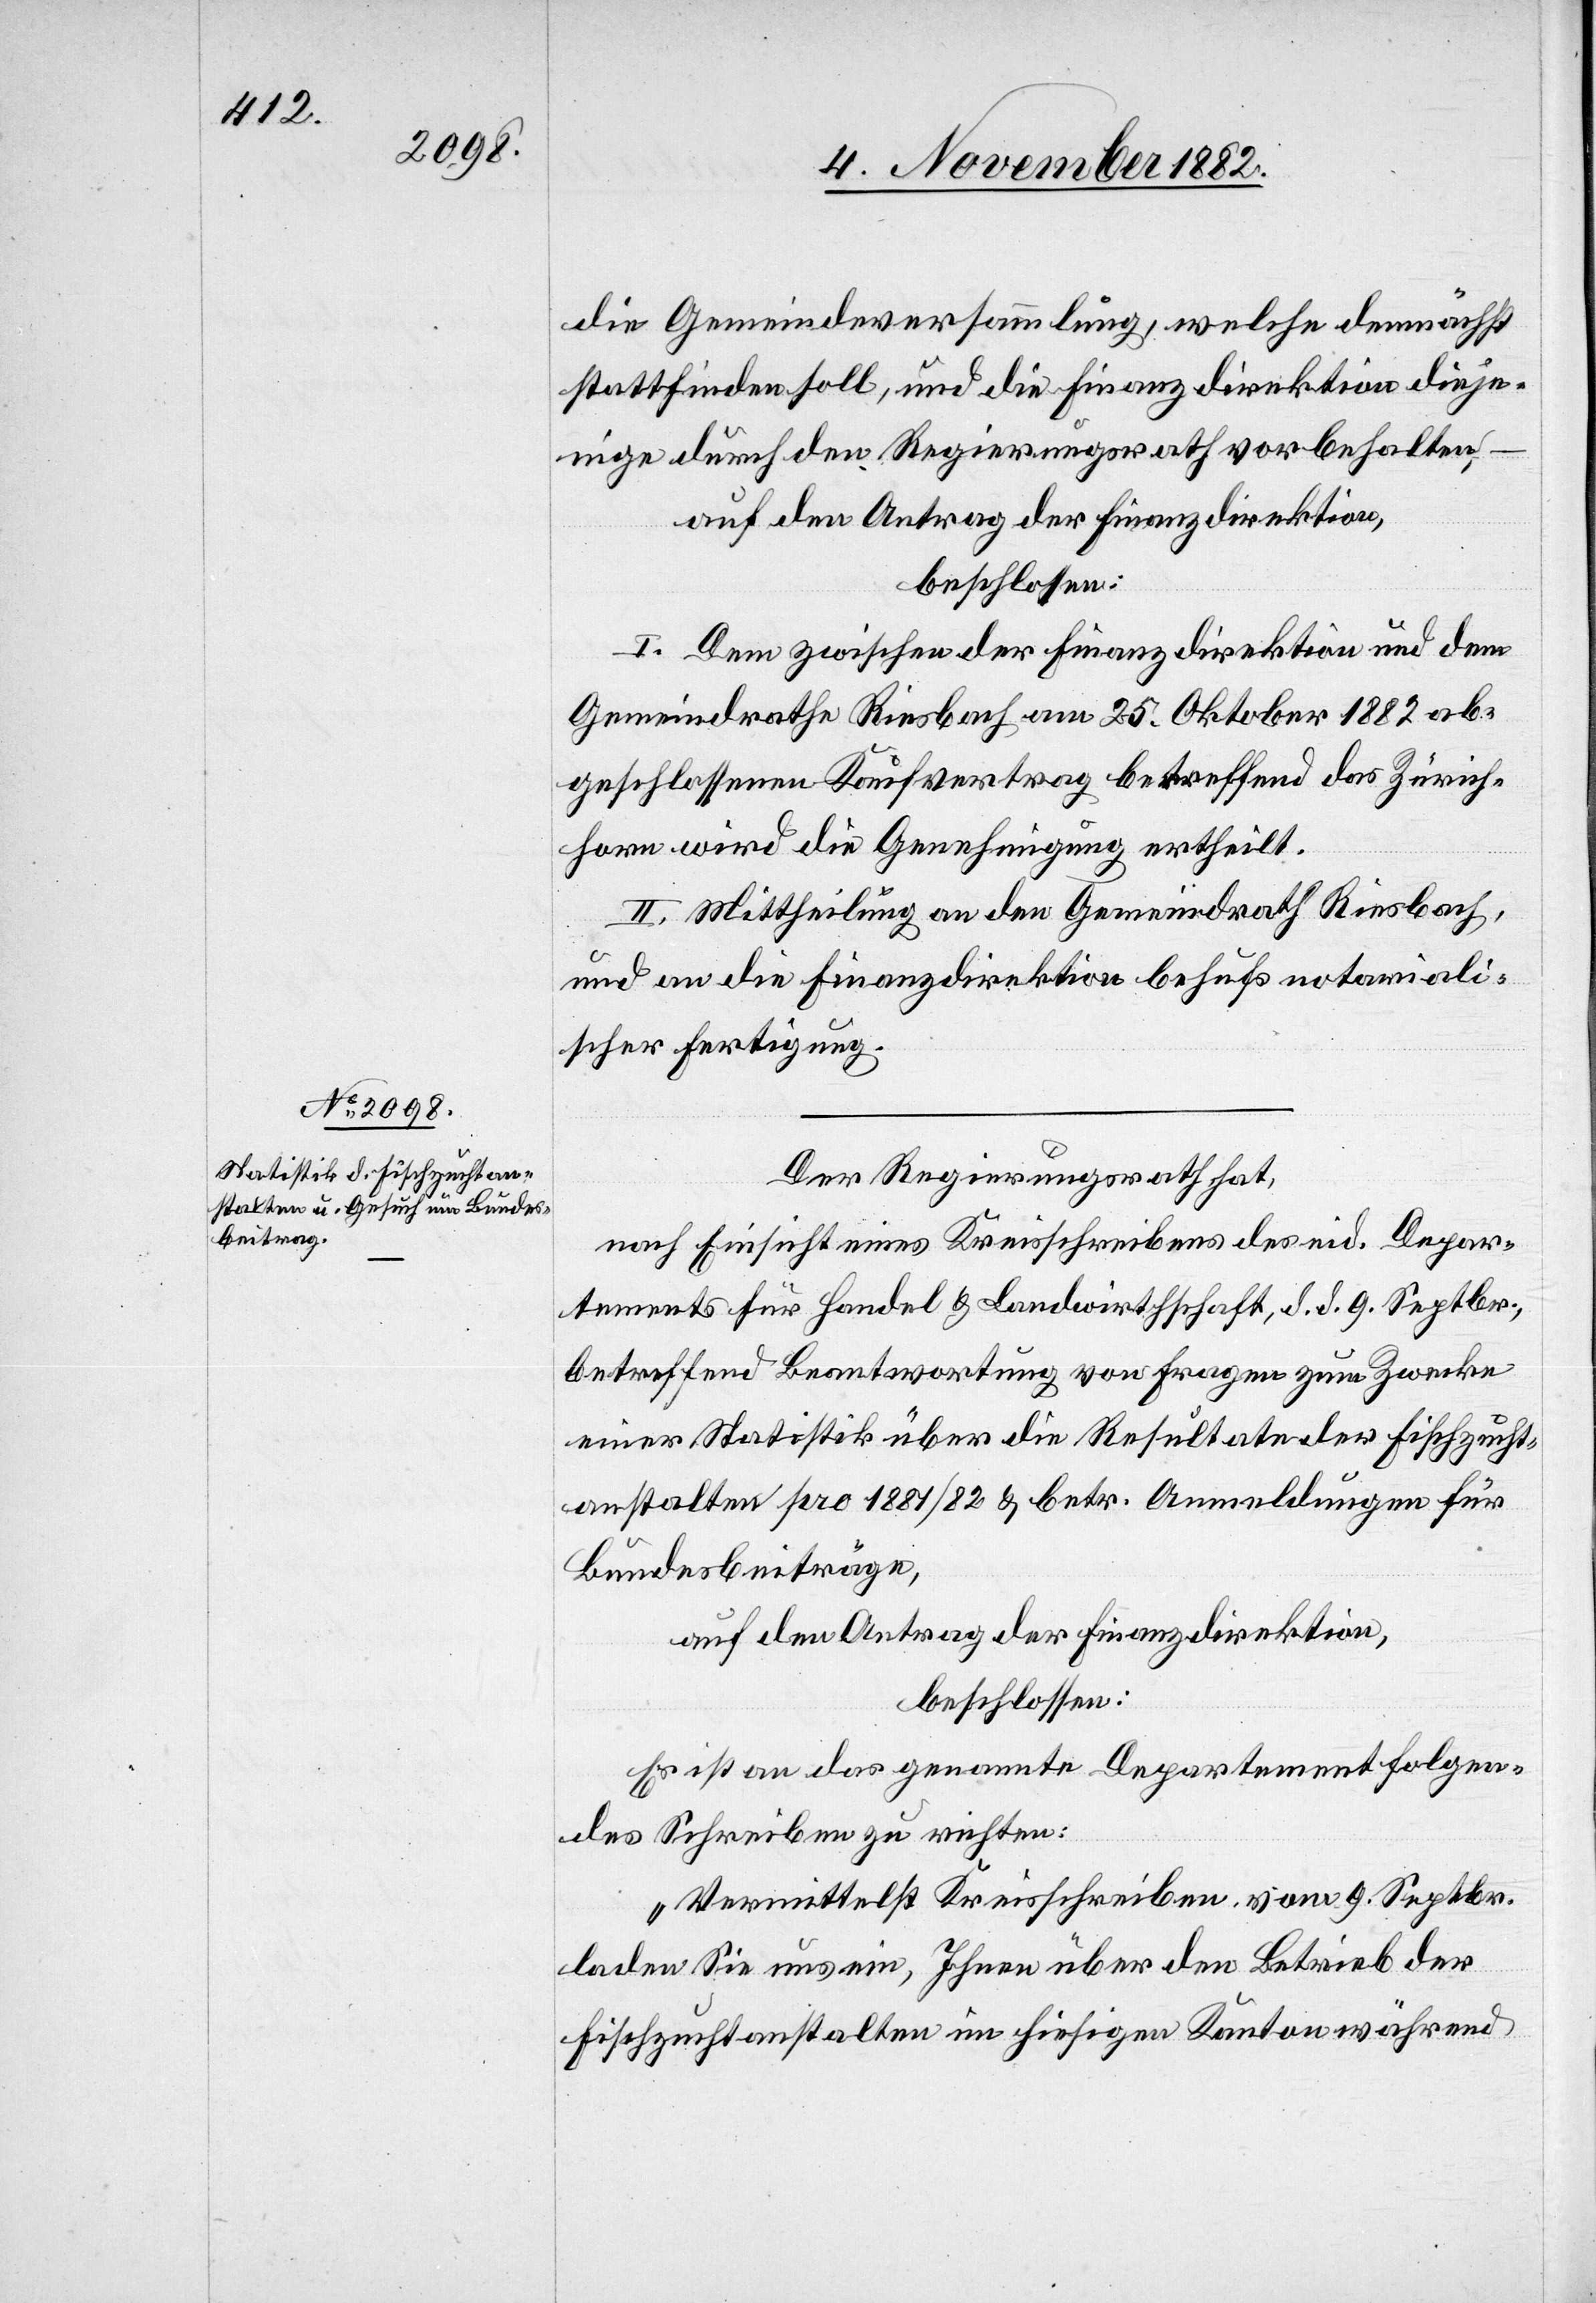
die Gemeindeversammlung, welche demnächst
stattfinden soll, und die Finanzdirektion dieje¬
nige durch den Regierungsrath vorbehalten,
auf den Antrag der Finanzdirektion,
beschlossen:
I. Dem zwischen der Finanzdirektion und dem
Gemeindrathe Riesbach am 25. Oktober 1882 ab¬
geschlossenen Kaufvertrag betreffend das Zürich¬
horn wird die Genehmigung ertheilt.
II. Mittheilung an den Gemeindrath Riesbach
und an die Finanzdirektion behufs notariali¬
scher Fertigung.
Der Regierungsrath hat,
nach Einsicht eines Kreisschreibens des eid. Depar¬
tements für Handel & Landwirthschaft, d. d. 9. Septbr.,
betreffend Beantwortung von Fragen zum Zwecke
einer Statistik über die Resultate der Fischzucht¬
anstalten pro 1881/82 & betr. Anmeldungen für
Bundesbeiträge,
auf den Antrag der Finanzdirektion,
beschlossen:
Es ist an das genannte Departement folgen¬
des Schreiben zu richten:
„Vermittelst Kreisschreiben vom 9. Septbr.
laden Sie uns ein, Ihnen über den Betrieb der
Fischzuchtanstalten im hiesigen Kanton während